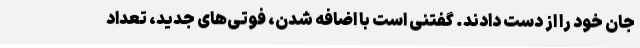
جان خود را از دست دادند. گفتنی است با اضافه شدن، فوتی‌های جدید، تعداد